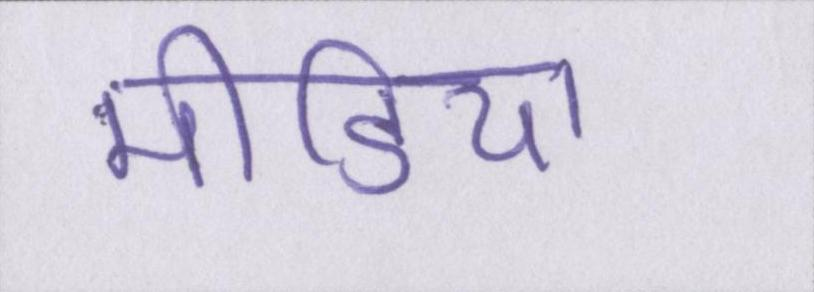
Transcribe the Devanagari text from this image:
मीडिया